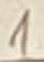
Text: 1